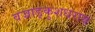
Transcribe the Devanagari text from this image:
वज्राङ्कुशधराय